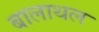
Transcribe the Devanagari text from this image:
बालाथल